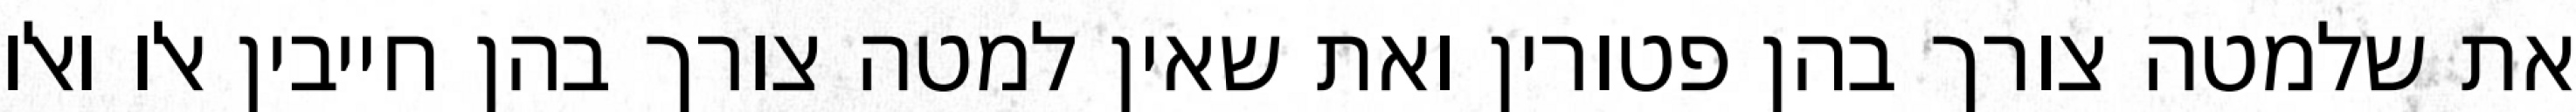
את שלמטה צורך בהן פטורין ואת שאין למטה צורך בהן חייבין אלו ואלו